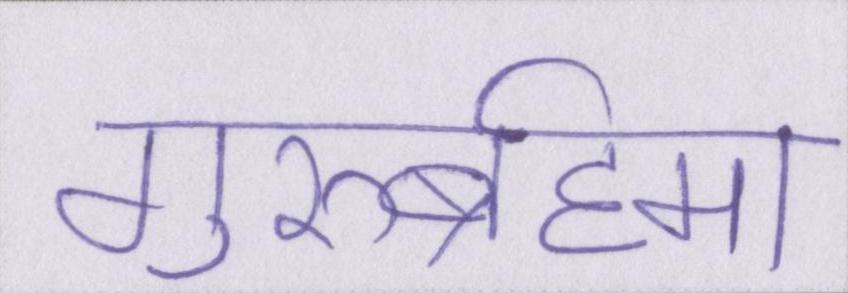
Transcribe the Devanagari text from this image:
गुरुर्ब्रह्मा